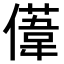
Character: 𫣤